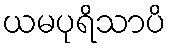
ယမပုရိသာပိ